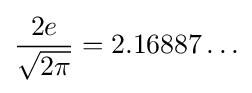
{\frac {2e}{\sqrt {2\pi }}}=2.16887\ldots